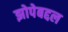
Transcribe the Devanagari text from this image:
झोपेबद्दल